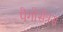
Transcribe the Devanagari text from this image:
पैगोसेंत्रस